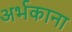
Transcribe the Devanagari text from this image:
अर्भकाना